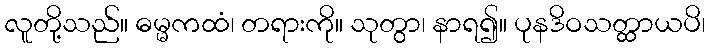
လူတို့သည်။ ဓမ္မကထံ၊ တရားကို။ သုတွာ၊ နာရ၍။ ပုနဒိဝသတ္ထာယပိ၊